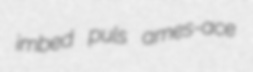
imbed puls ames-ace